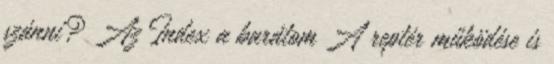
szánni? Az Index a barátom A reptér működése is